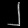
Digit: ၂